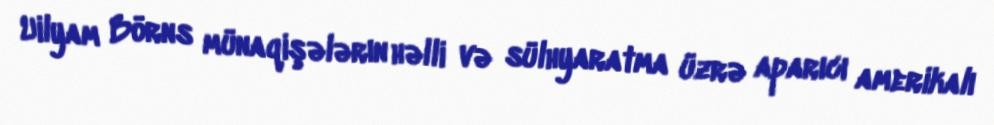
Uilyam Börns münaqişələrın həlli və sülhyaratma üzrə aparıcı amerikalı